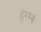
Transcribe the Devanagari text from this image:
हेरम्बं